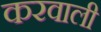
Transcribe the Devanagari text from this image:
करवाली